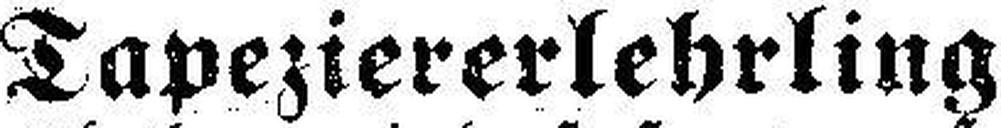
Tapeziererlehrling